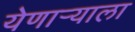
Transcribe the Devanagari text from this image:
येणार्‍याला